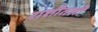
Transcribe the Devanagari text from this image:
राशीतली